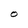
Character: O